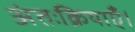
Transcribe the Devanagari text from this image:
अंतःक्रियाएँ।